Lunatic asylums United Provinces 1899-1908 - 1899-1908
Year: 1899
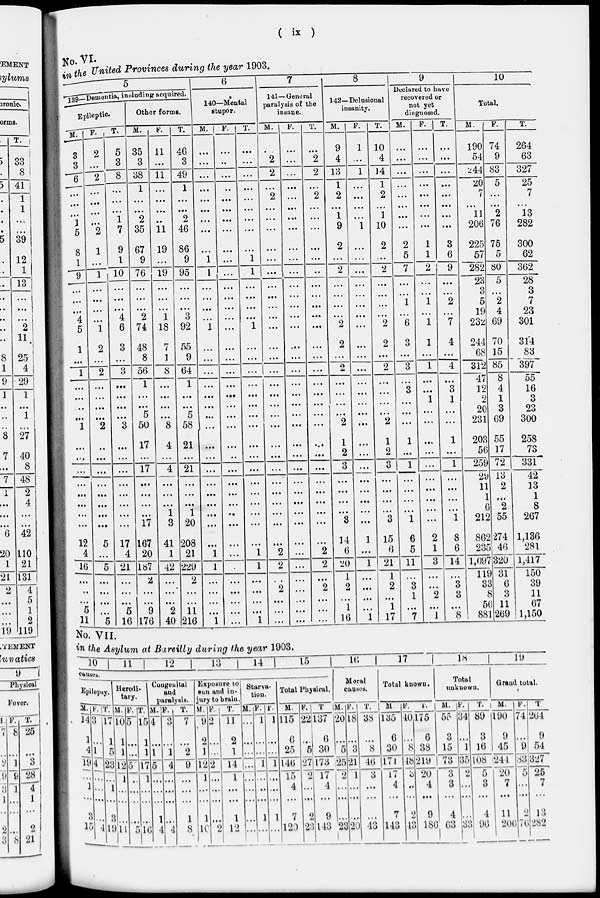
( ix )
No. VI.
in the United Provinces during the year 1903.
5
139—Dementia, including acquired.
Epileptic.
M.
3
3
6
...
...
...
1
5
8
1
9
...
...
...
4
5
1
...
1
...
...
...
...
1
...
...
...
...
...
...
...
...
12
4
16
...
...
...
5
11
F.
2
...
2
...
...
...
...
2
1
...
1
...
...
...
...
1
2
...
2
...
...
...
...
2
...
...
...
...
...
...
...
...
5
...
5
...
...
...
...
5
T.
5
3
8
...
...
...
1
7
9
1
10
...
...
...
4
6
3
...
3
...
...
...
...
3
...
...
...
...
...
...
...
...
17
4
21
...
...
...
5
16
Other forms.
M.
35
3
38
1
...
...
2
35
67
9
76
...
...
...
2
74
48
8
56
1
...
...
5
50
17
...
17
...
...
...
...
17
167
20
187
2
...
...
9
176
F.
11
...
11
...
...
...
...
11
19
...
19
...
...
...
1
18
7
1
8
...
...
...
...
8
4
...
4
...
...
...
1
3
41
1
42
...
...
...
2
40
T.
46
3
49
1
...
...
2
46
86
9
95
...
...
...
3
92
55
9
64
1
...
...
5
58
21
...
21
...
...
...
1
20
208
21
229
2
...
...
11
216
6
140—Mental
stupor.
M.
...
...
...
...
...
...
...
...
...
1
1
...
...
...
...
1
...
...
...
...
...
...
...
...
...
...
...
...
...
...
...
...
...
1
1
...
...
...
...
1
F.
...
...
...
...
...
...
...
...
...
...
...
...
...
...
...
...
...
...
...
...
...
...
...
...
...
..
...
...
...
...
...
...
...
...
...
...
...
...
...
...
T.
...
...
...
...
...
...
...
...
...
1
1
...
...
...
...
1
...
...
...
...
...
...
...
...
...
...
...
...
...
...
...
...
...
1
1
...
...
...
...
1
7
141—General
paralysis of the
insane.
M.
...
2
2
...
2
...
...
...
...
...
...
...
...
...
...
...
...
...
...
...
...
...
...
...
...
...
...
...
...
...
...
...
...
2
2
...
2
...
...
...
F.
...
...
...
...
...
...
...
...
...
...
...
...
...
...
...
...
...
...
...
...
...
...
...
...
...
...
...
...
...
...
...
...
...
...
...
...
...
...
...
...
T.
...
2
2
...
2
...
...
...
...
...
...
...
...
...
...
...
...
...
...
...
...
...
...
...
...
...
...
...
...
...
...
...
...
2
2
...
2
...
...
...
8
142—Delusional
insanity.
M.
9
4
13
1
2
...
1
9
2
...
2
...
...
...
...
2
2
...
2
...
...
...
...
2
1
2
3
...
...
...
...
3
14
6
20
1
2
...
1
16
F.
1
...
1
...
...
...
...
1
...
...
...
...
...
...
...
...
...
...
...
...
...
...
...
...
...
...
...
...
...
...
...
...
1
...
1
...
...
...
...
1
T.
10
4
14
1
2
...
1
10
2
...
2
...
...
...
...
2
2
...
2
...
...
...
...
2
1
2
3
...
...
...
...
3
15
6
21
1
2
...
1
17
9
Declared to have
recovered or
not yet
diagnosed.
M.
...
...
...
...
...
...
...
...
2
5
7
...
...
1
...
6
3
...
3
...
3
...
...
...
1
...
1
...
...
...
...
1
6
5
11
...
3
1
...
7
F.
...
...
...
...
...
...
...
...
1
1
2
...
1
...
1
1
...
1
...
...
1
...
...
...
...
...
...
...
...
...
...
2
1
3
...
...
2
...
1
T.
...
...
...
...
...
...
...
...
3
6
9
...
...
2
...
7
4
...
4
...
3
1
...
...
1
...
1
...
...
...
...
1
8
6
14
...
3
3
...
8
10
Total.
M.
190
54
244
20
7
...
11
206
225
57
282
23
3
5
19
232
244
68
312
47
12
2
20
231
203
56
259
29
11
1
6
212
862
235
1,097
119
33
8
56
881
F.
74
9
83
5
...
...
2
76
75
5
80
5
...
2
4
69
70
15
85
8
4
1
3
69
55
17
72
13
2
...
2
55
274
46
320
31
6
3
11
269
T.
264
63
327
25
7
...
13
282
300
62
362
28
3
7
23
301
314
83
397
55
16
3
23
300
258
73
331
42
13
1
8
267
1,136
281
1,417
150
39
11
67
1,150
No. VII.
in the Asylum at Bareilly during the year 1903.
10 11
12
13
14
15
Causes.
Epilepsy.
M.
14
1
4
19
...
1
...
3
15
F.
3
...
1
4
...
...
...
...
4
T.
17
1
5
23
...
1
...
3
19
Heredi-
tary.
M.
10
1
1
12
1
...
...
...
11
F.
5
...
...
5
...
...
...
...
5
T.
15
1
1
17
1
...
...
...
16
Congenital
and
paralysis.
M.
4
...
1
5
...
...
...
1
4
F.
3
...
1
4
...
...
...
...
4
T.
7
...
2
9
...
...
...
1
8
Exposure to
sun and in-
jury to brain.
M.
9
2
1
12
1
...
...
1
10
F.
2
...
...
2
...
...
...
...
2
T.
11
2
1
14
1
...
...
1
12
Starva-
tion.
M.
...
...
...
...
...
...
...
...
...
F.
1
...
...
1
...
...
...
1
...
T.
1
...
...
1
...
...
...
1
...
Total Physical.
M.
115
6
25
146
15
4
...
7
120
F.
22
...
5
27
2
...
...
2
23
T.
137
6
30
173
17
4
...
9
143
16
Moral
causes.
M.
20
...
5
25
2
...
...
...
23
F.
18
...
3
21
1
...
...
...
20
T.
38
...
8
46
3
...
...
...
43
17
Total known.
M.
135
6
30
171
17
4
...
7
143
F.
40
...
8
48
3
...
...
2
43
T.
175
6
38
219
20
4
...
9
186
18
Total
unknown.
M.
55
3
15
73
3
3
...
4
63
F.
34
...
1
35
2
...
...
...
33
T.
89
3
16
108
5
3
...
4
96
19
Grand total.
M.
190
9
45
244
20
7
...
11
206
F.
74
...
9
33
5
...
...
2
76
T.
264
9
54
327
25
7
...
13
282